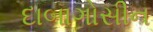
દાબાગોસીન